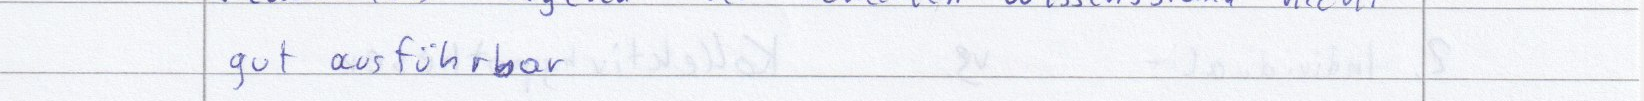
gut ausführbar